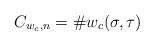
LaTeX: \begin{align*}C_{w_c, n} = \# w_c(\sigma,\tau)\end{align*}